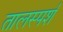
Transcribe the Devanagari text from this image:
तालस्पर्श